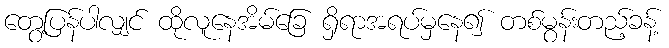
တွေ့ပြန်ပါလျှင် ထိုလူနေအိမ်ခြေ ရှိရာအရပ်မှနေ၍ တစ်မွန်းတည့်ခန့်